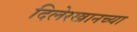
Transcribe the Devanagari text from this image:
दिलेरखानच्या